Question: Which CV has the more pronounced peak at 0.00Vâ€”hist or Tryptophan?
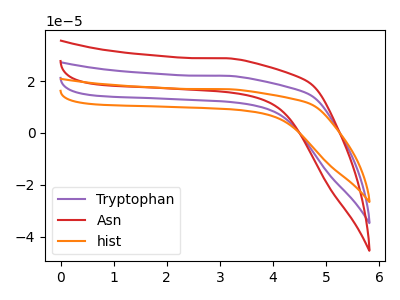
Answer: <think>The purple curve "Tryptophan" has no peaks. The red curve "Asn" has no peaks. The orange curve "hist" has no peaks.</think>
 <answer>"hist" and "Tryptophan" dont share a peak at 0.00V.</answer>
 <eval>mismatch</eval>